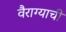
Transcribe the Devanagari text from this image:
वैराग्‍याची